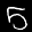
Label: 5